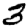
Digit: 3